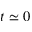
t \simeq 0